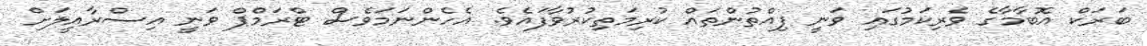
ބަރަކް އޮބާމާގެ ވެރިކަމުގައި ވަނީ ފިއްތުންތައް ކުރިމަތިކުރުވާފައެވެ. އެހެންނަމަވެސް ޓްރަމްޕް ވަނީ އިސްރާއީލަށް